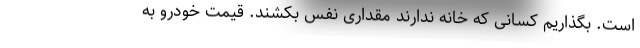
است. بگذاریم کسانی که خانه ندارند مقداری نفس بکشند. قیمت خودرو به